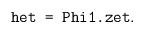
LaTeX: \begin{align*}\mbox{\tt het = Phi1.zet}.\end{align*}